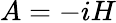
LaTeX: A=-iH